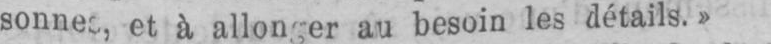
besoin les détails.»